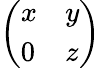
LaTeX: \left(\begin{array}{ll}{x}&{y}\\ {0}&{z}\end{array}\right)